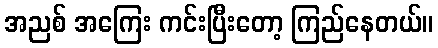
အညစ် အကြေး ကင်းပြီးတော့ ကြည်နေတယ်။